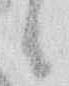
候